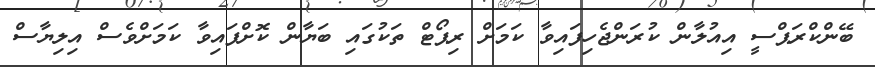
ބޭންކްރަޕްސީ އިއުލާން ކުރަންޖެހިފައިވާ ކަމަށް ރިޕޯޓް ތަކުގައި ބަޔާން ކޮށްފައިވާ ކަމަށްވެސް އިލިޔާސް